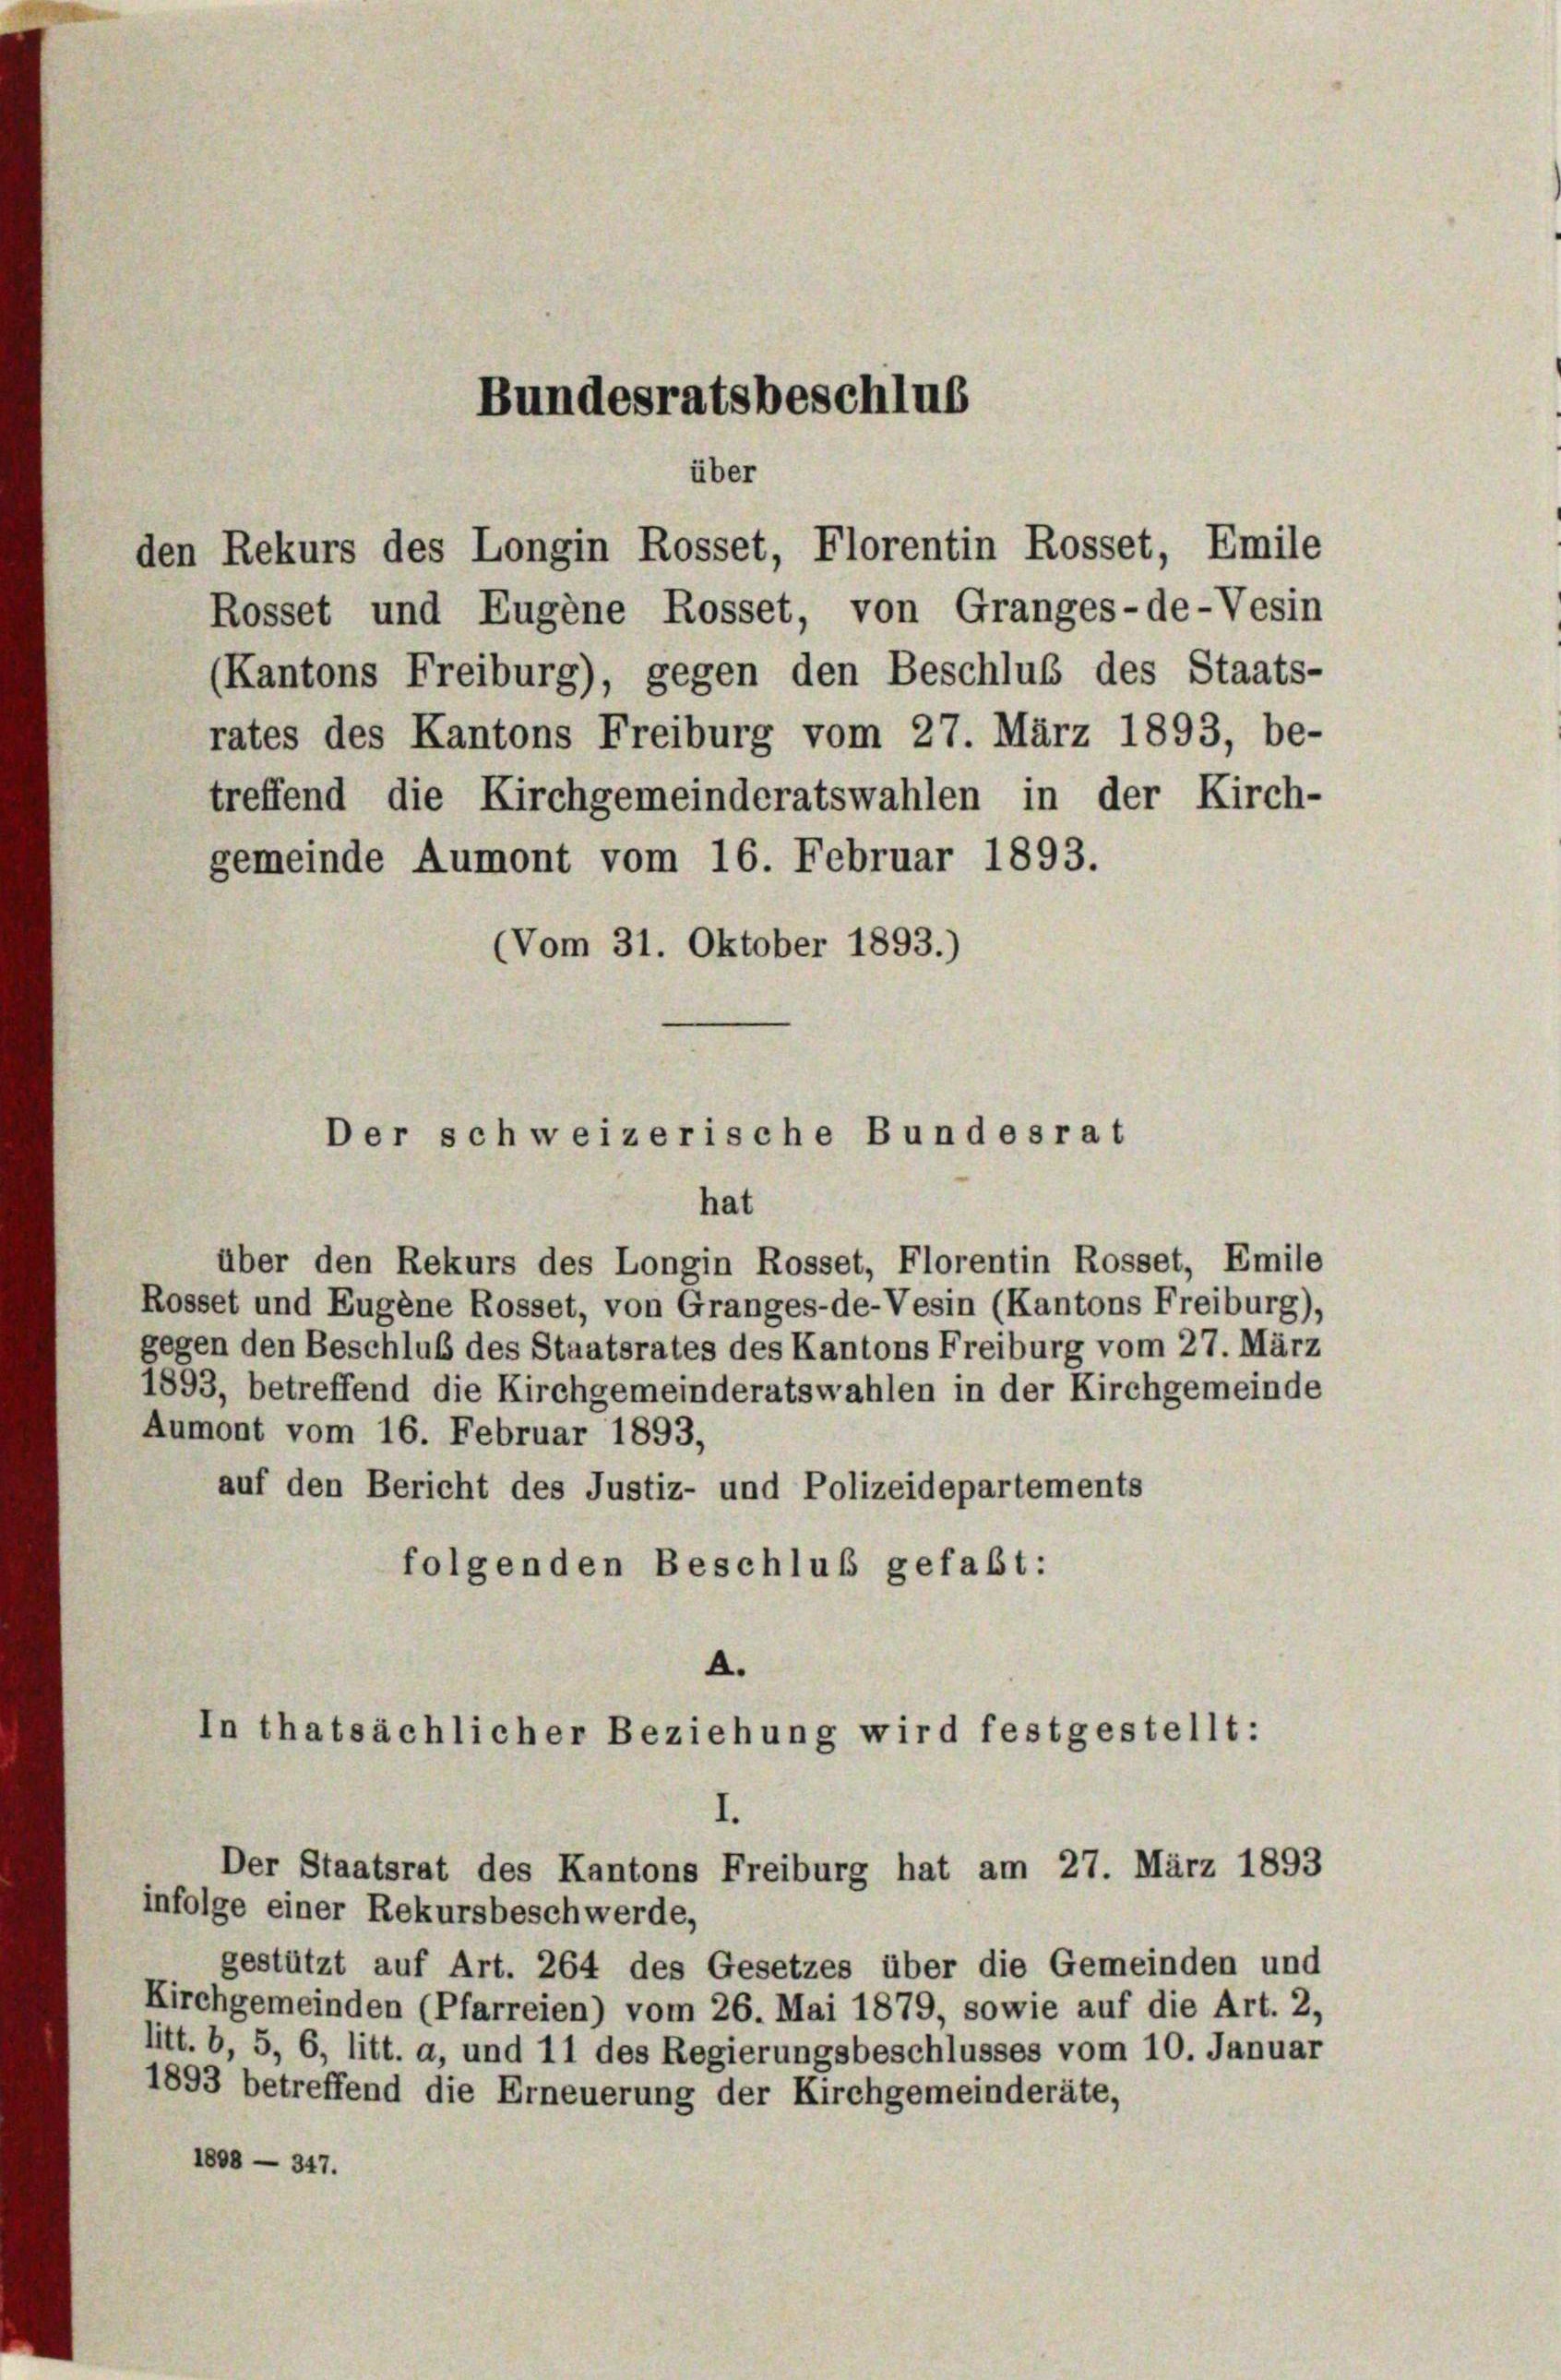
Bundesratsbeschlus
über

Rosset und Eugene Rosset, von Granges-de-Vesin
(Kantons Freiburg), gegen den Beschluß des Staats-
rates des Kantons Freiburg vom 27. März 1893, be-
treffend die Kirchgemeinderatswahlen in der Kirch-
gemeinde Aumont vom 16. Februar 1893.
(Vom 31. Oktober 1893.)

Der schweizerische Bundesrat

den Rekurs des Longin Rosset, Florentin Rosset, Emile

hat
über den Rekurs des Longin Rosset, Florentin Rosset, Emile
Rosset und Eugene Rosset, von Granges-de-Vesin (Kantons Freiburg),
gegen den Beschluß des Staatsrates des Kantons Freiburg vom 27. März
1893, betreffend die Kirchgemeinderatswahlen in der Kirchgemeinde
Aumont vom 16. Februar 1893,
auf den Bericht des Justiz- und Polizeidepartements
folgenden Beschluß gefaßt:
A.
In thatsächlicher Beziehung wird festgestellt:

Der Staatsrat des Kantons Freiburg hat am 27. März 1893

infolge einer Rekursbeschwerde,
gestützt auf Art. 264 des Gesetzes über die Gemeinden und
Kirchgemeinden (Pfarreien) vom 26. Mai 1879, sowie auf die Art. 2,
litt. b, 5, 6, litt. a, und 11 des Regierungsbeschlusses vom 10. Januar
1893 betreffend die Erneuerung der Kirchgemeinderäte,
1808 — 347.